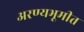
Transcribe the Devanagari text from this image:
अरण्यभूमीत